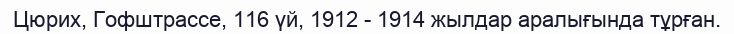
Цюрих, Гофштрассе, 116 үй, 1912 - 1914 жылдар аралығында тұрған.